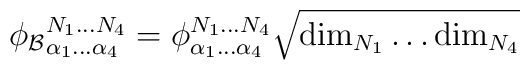
\phi_{\mathcal{B}}{}^{N_1\ldots N_4}_{\alpha_1\ldots\alpha_4} = \phi^{N_1\ldots N_4}_{\alpha_1\ldots\alpha_4} \sqrt{{\rm dim}_{N_1} \ldots {\rm dim}_{N_4} }